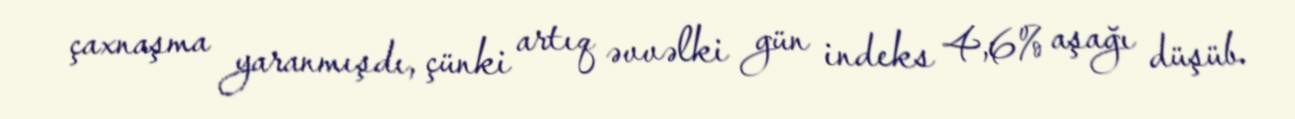
çaxnaşma yaranmışdı, çünki artıq əvvəlki gün indeks 4,6% aşağı düşüb.